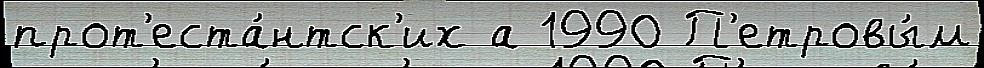
прот'еста́нтск'их а 1990 П'етровы́м